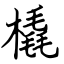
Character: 橇